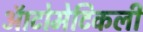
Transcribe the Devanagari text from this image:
ऑटोमेटिकली